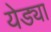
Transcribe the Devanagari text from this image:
येड्या